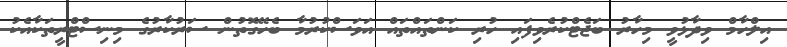
އިލްހާމް ވިދާޅުވީ މިހާރު ބަޖެޓްކުރެވިފައި ހުރި ކަންތައްތައް އަވަސްކުރުމާ ބެހޭގޮތުން ސަރުކާރުގެ މިނިސްޓްރީތަކާއެކު